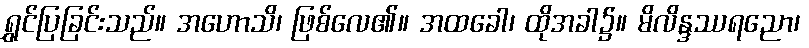
ရွှင်ပြခြင်းသည်။ အဟောသိ၊ ဖြစ်လေ၏။ အထခေါ၊ ထိုအခါ၌။ မိလိန္ဒဿရညော၊